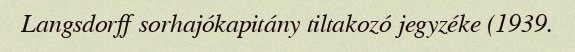
Langsdorff sorhajókapitány tiltakozó jegyzéke (1939.